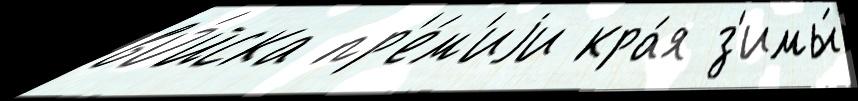
во́йска пр'е́м'иjи кра́я з'имы́